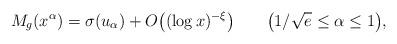
LaTeX: \begin{align*}M_g(x^\alpha)=\sigma(u_\alpha)+O\big((\log x)^{-\xi}\big)\qquad\big(1/\sqrt{e}\le\alpha\le 1\big),\end{align*}